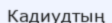
Кадиудтың